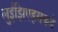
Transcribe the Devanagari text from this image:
लुईझिएड्सकडे